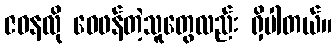
ဇဝနလို ဝေဖန်တဲ့သူတွေလည်း ရှိပါတယ်။